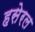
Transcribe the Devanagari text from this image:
हसेरल